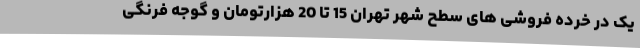
یک در خرده فروشی های سطح شهر تهران 15 تا 20 هزارتومان و گوجه فرنگی